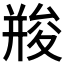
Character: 𠬌